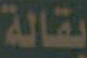
بقالة